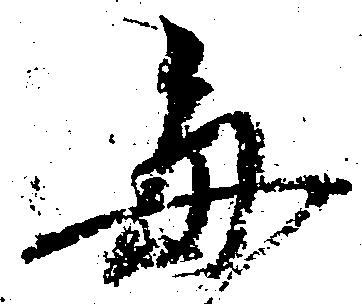
毎